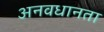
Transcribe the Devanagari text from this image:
अनवधानता